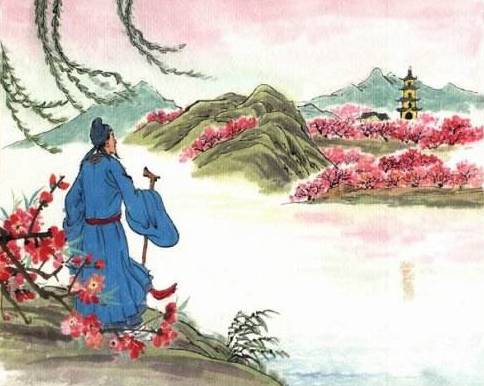
桃花一簇开无主，可爱深红爱浅红。